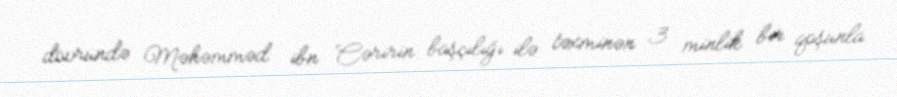
dövründə Məhəmməd ibn Cəririn başçılığı ilə təxminən 3 minlik bir qoşunla